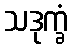
သဒုက္ခံ